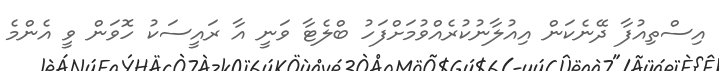
އިސްތިއުފާ ދޭނެކަން އިއުލާނުކުރެއްވުމަށްފަހު ބްލެޓާ ވަނީ އާ ރައީސަކު ހޮވަން ވީ އެންމެ